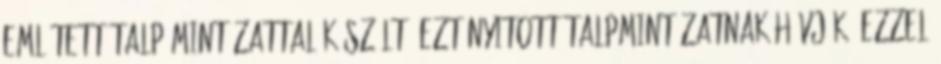
említett talp mintázattal készült. Ezt nyitott talpmintázatnak hívják. Ezzel